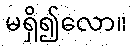
မရှိ၍လော။